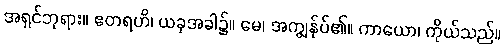
အရှင်ဘုရား။ ဧတရဟိ၊ ယခုအခါ၌။ မေ၊ အကျွန်ုပ်၏။ ကာယော၊ ကိုယ်သည်။